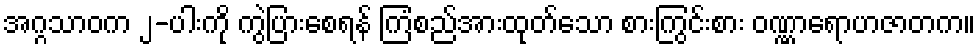
အဂ္ဂသာဝက ၂-ပါးကို ကွဲပြားစေရန် ကြံစည်အားထုတ်သော စားကြွင်းစား ဝဏ္ဏာရောဟဇာတက။